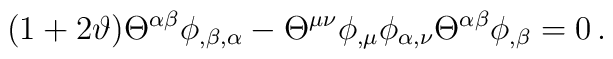
(1+2 \vartheta) {\Theta}^{\alpha\beta}\phi_{,\beta,\alpha}-{\Theta}^{\mu\nu}\phi_{,\mu} \phi_{\alpha,\nu}{\Theta}^{\alpha \beta} \phi_{,\beta}=0 \, .